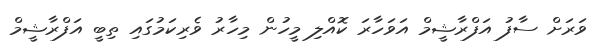
ވަރަށް ސާފު އަފްރާޝީމް އަވަހާރަ ކޮއްލި މީހުން މިހާރު ވެރިކަމުގައި ތިބީ އަފްރާޝީމް